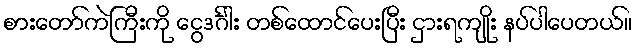
စားတော်ကဲကြီးကို ငွေဒင်္ဂါး တစ်ထောင်ပေးပြီး ငှားရကျိုး နပ်ပါပေတယ်။